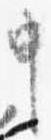
申